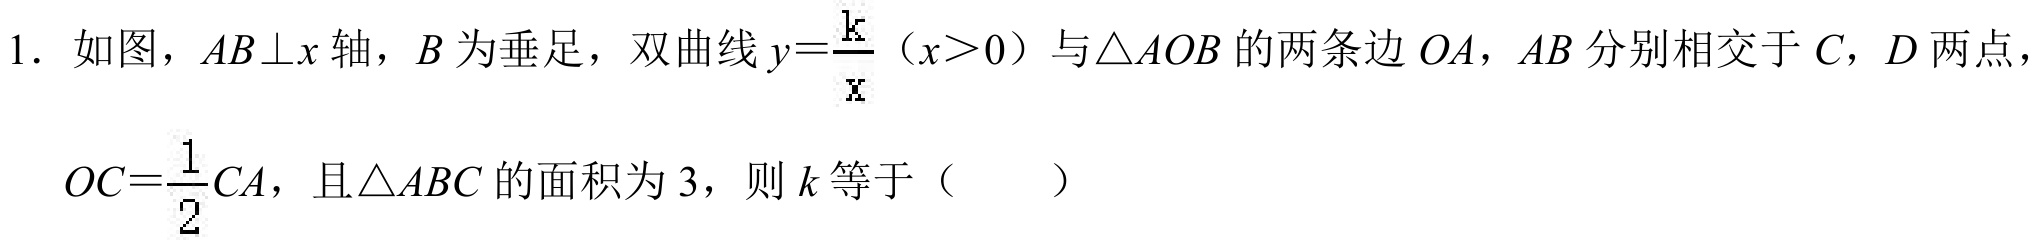
1. 如图，$AB\perp x$轴，$B$为垂足，双曲线$y = \frac{k}{x}$（$x > 0$）与$\triangle AOB$的两条边$OA$，$AB$分别相交于$C$，$D$两点，
$OC=\frac{1}{2}CA$，且$\triangle ABC$的面积为$3$，则$k$等于（  ）